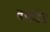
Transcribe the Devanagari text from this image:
बाइंडेड